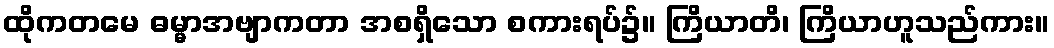
ထိုကတမေ ဓမ္မာအဗျာကတာ အစရှိသော စကားရပ်၌။ ကြိယာတိ၊ ကြိယာဟူသည်ကား။